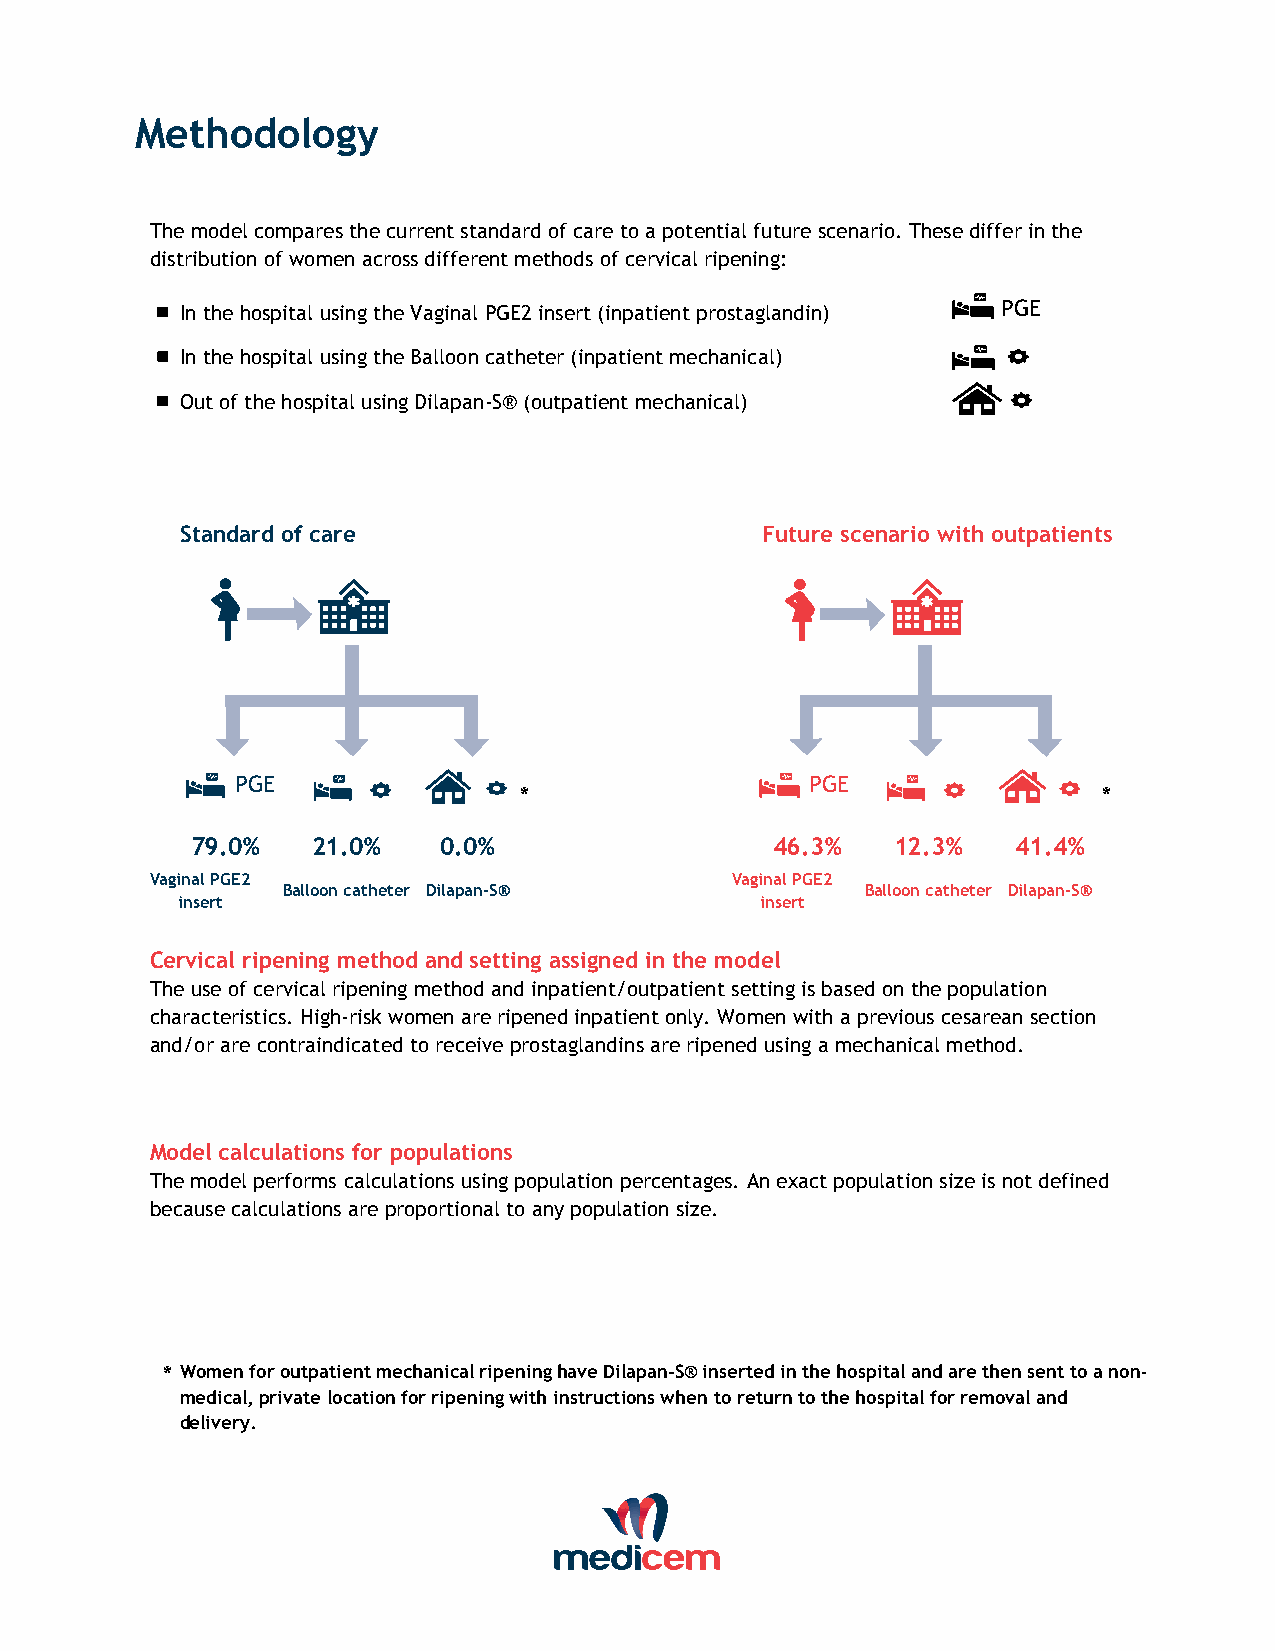
Methodology
 The model compares the current standard of care to a potential future scenario. These differ in the
 distribution of women across different methods of cervical ripening:
 n In the hospital using the Vaginal PGE2 insert (inpatient prostaglandin) PGE
 n In the hospital using the Balloon catheter (inpatient mechanical)
 n Out of the hospital using Dilapan-S® (outpatient mechanical)
 Standard of care                      Future scenario with outpatients
 PGE                                   PGE
 *                                      *
 79.0%   21.0%   0.0%                  46.3%   12.3%   41.4%
 Vaginal PGE2                          Vaginal PGE2
 Balloon catheter Dilapan-S®           Balloon catheter Dilapan-S®
 insert                                insert
 Cervical ripening method and setting assigned in the model
 The use of cervical ripening method and inpatient/outpatient setting is based on the population
 characteristics. High-risk women are ripened inpatient only. Women with a previous cesarean section
 and/or are contraindicated to receive prostaglandins are ripened using a mechanical method.
 Model calculations for populations
 The model performs calculations using population percentages. An exact population size is not defined
 because calculations are proportional to any population size.
 * Women for outpatient mechanical ripening have Dilapan-S® inserted in the hospital and are then sent to a non-
 medical, private location for ripening with instructions when to return to the hospital for removal and
 delivery.